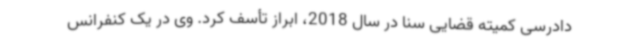
دادرسی کمیته قضایی سنا در سال 2018، ابراز تأسف کرد. وی در یک کنفرانس